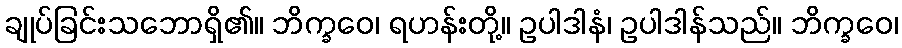
ချုပ်ခြင်းသဘောရှိ၏။ ဘိက္ခဝေ၊ ရဟန်းတို့။ ဥပါဒါနံ၊ ဥပါဒါန်သည်။ ဘိက္ခဝေ၊